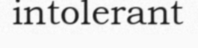
intolerant